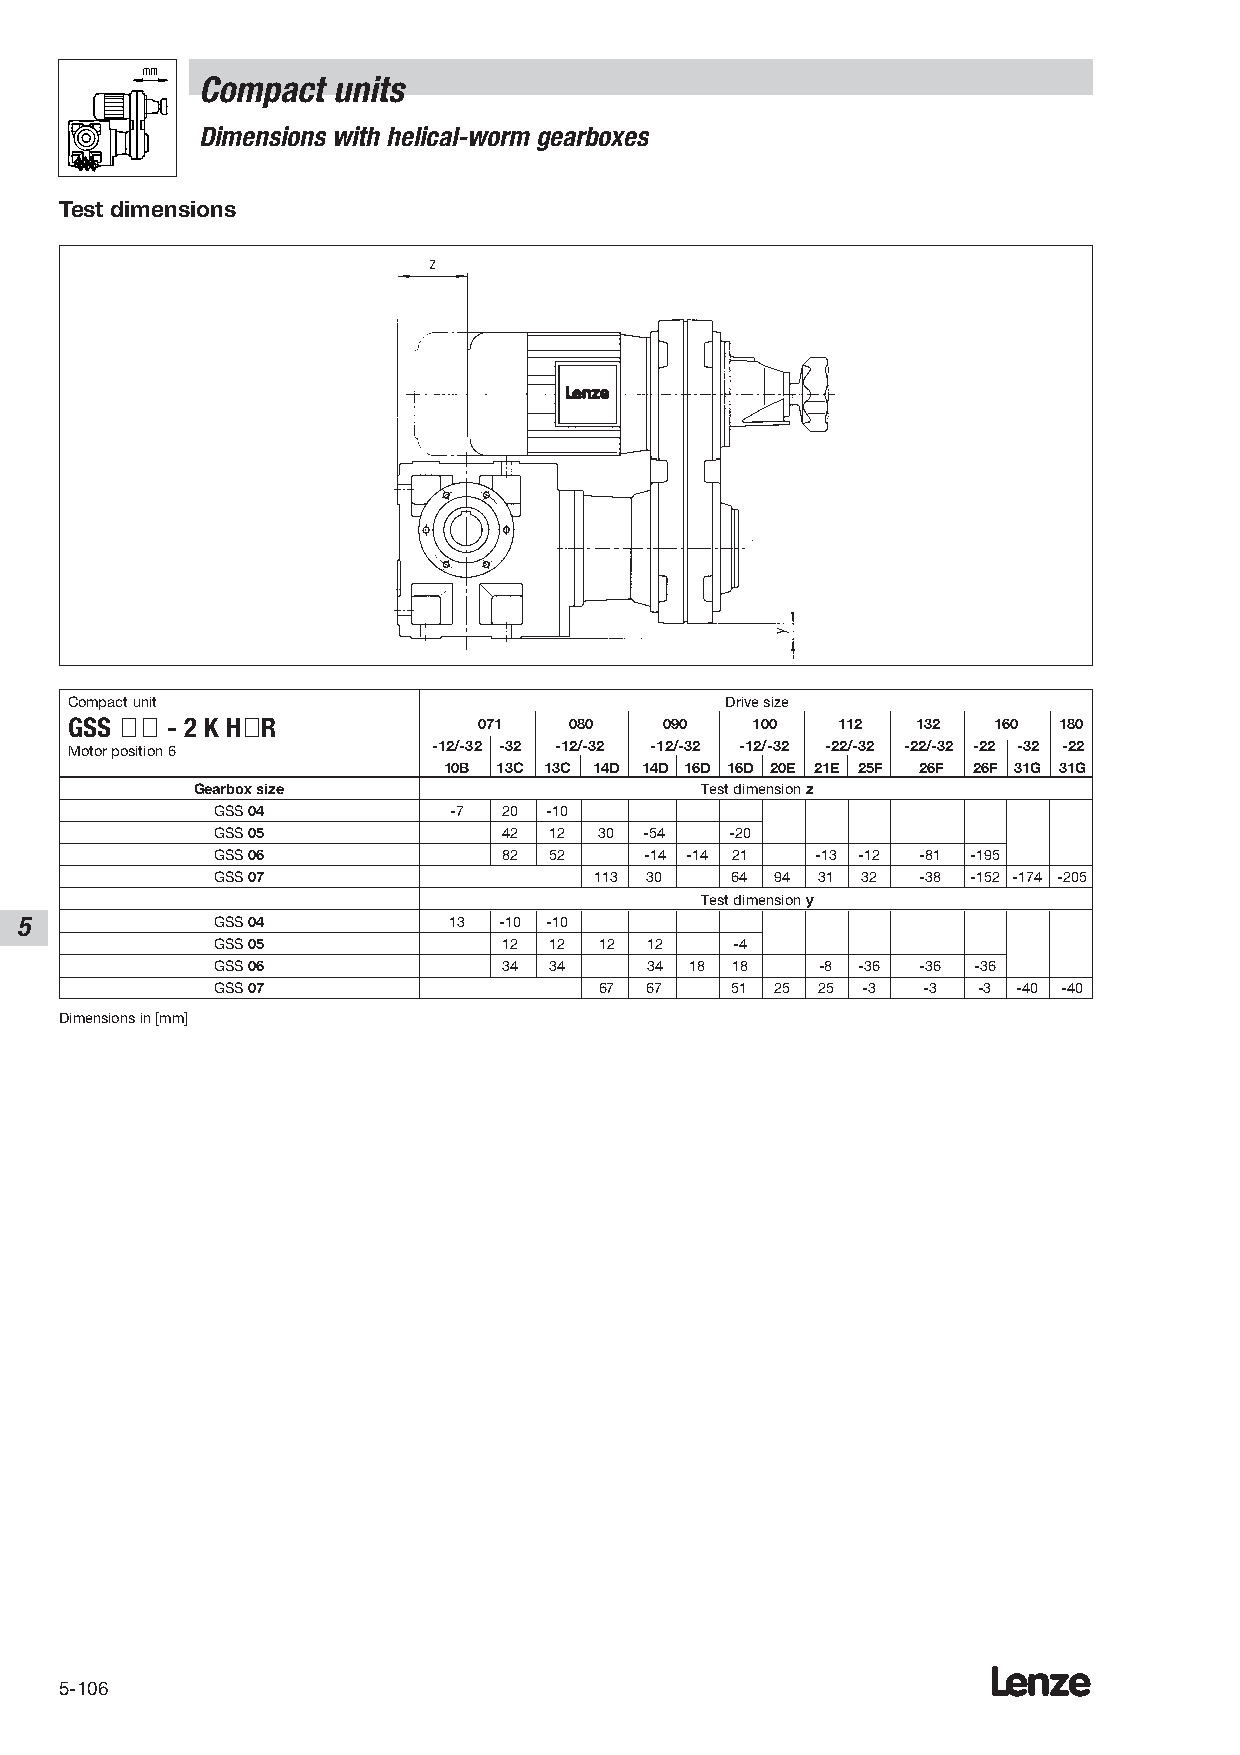
Compact  units
 Dimensions with helical-worm gearboxes
 Test dimensions
 Compact unit                                Drive size
 GSS ÇÇ - 2 K HÇR            071   080   090   100  112   132  160 180
 Motor position 6         -12/-32 -32 -12/-32 -12/-32 -12/-32 -22/-32 -22/-32 -22 -32 -22
 10B 13C 13C 14D 14D 16D 16D 20E 21E 25F 26F 26F 31G 31G
 Gearbox size                     Test dimension z
 GSS 04          -7 20 -10
 GSS 05             42 12  30 -54  -20
 GSS 06             82 52     -14 -14 21 -13 -12 -81 -195
 GSS 07                   113 30   64 94 31 32  -38 -152 -174 -205
 Test dimension y
 5            GSS 04          13 -10 -10
 GSS 05             12 12  12 12    -4
 GSS 06             34 34     34 18 18   -8 -36 -36 -36
 GSS 07                    67 67   51 25 25 -3  -3  -3 -40 -40
 Dimensions in [mm]
 Lenze
 5-106